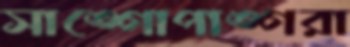
সাঙ্গোপাঙ্গরা